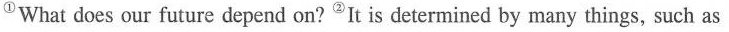
①What does our future depend on?③It is determined by many things, such as